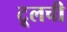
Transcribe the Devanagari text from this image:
टूलची